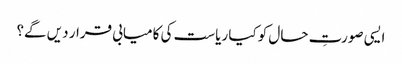
ایسی صورتِ حال کو کیا ریاست کی کامیابی قرار دیں گے؟